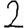
Digit: 2